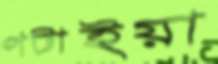
পটাইয়া